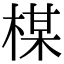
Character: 楳